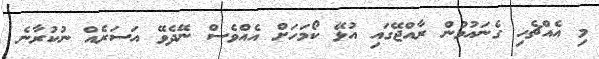
މި އެއްޗެހި ގެނައުމުން ރާއްޖޭގައި އުޅޭ ކޯމަހަށް އެއްވެސް ނޭދެވޭ އަސަރެއް ނުކުރާނެ